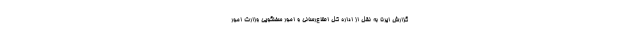
گزارش ایرنا به نقل از اداره کل اطلاع‌رسانی و امور سخنگویی وزارت امور